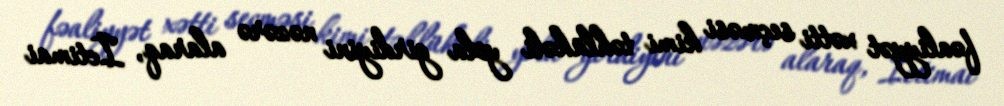
fəaliyyət xətti seçməsi kimi təhlükəli yola girdiyini nəzərə alaraq, İctimai